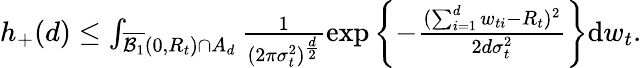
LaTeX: \begin{array}{r}{h_{+}(d)\leq\int_{\overline{{\mathcal{B}_{1}}}(0,R_{t})\cap A_{d}}\frac{1}{(2\pi\sigma_{t}^{2})^{\frac{d}{2}}}\exp\left\lbrace-\frac{(\sum_{i=1}^{d}w_{ti}-R_{t})^{2}}{2d\sigma_{t}^{2}}\right\rbrace\mathrm{d}w_{t}.}\end{array}